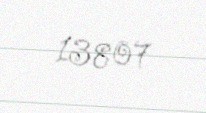
13807